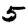
Digit: 5